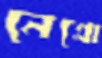
নেগ্রো